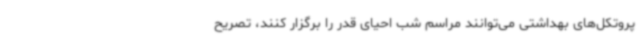
پروتکل‌های بهداشتی می‌توانند مراسم شب احیای قدر را برگزار کنند، تصریح